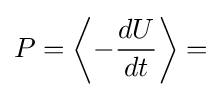
P=\left\langle -{\frac {dU}{dt}}\right\rangle =